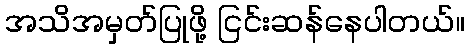
အသိအမှတ်ပြုဖို့ ငြင်းဆန်နေပါတယ်။